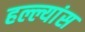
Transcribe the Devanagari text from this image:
हल्ल्यांस